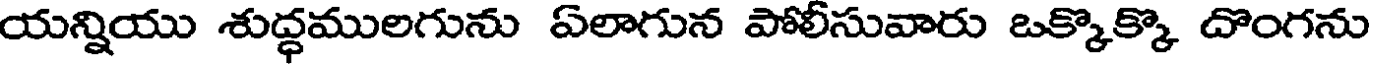
యన్నియు శుద్ధములగును ఏలాగున పోలీసువారు ఒక్కొక్కొ దొంగను